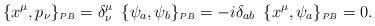
LaTeX: \begin{align*}\{x^{\mu},p_{\nu}\}_{\scriptscriptstyle{PB}}=\delta^{\mu}_{\nu}\,\ \{\psi_{a},\psi_{b}\}_{\scriptscriptstyle{PB}}=-i\delta_{ab}\,\ \{x^{\mu},\psi_{a}\}_{\scriptscriptstyle{PB}}=0.\end{align*}